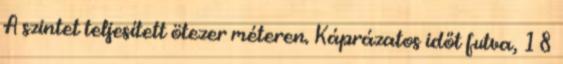
A szintet teljesített ötezer méteren. Káprázatos időt futva, 18